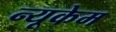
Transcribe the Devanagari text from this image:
न्यूकेम